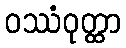
ဝဿံဝုတ္ထာ